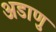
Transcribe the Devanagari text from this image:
अडाणु